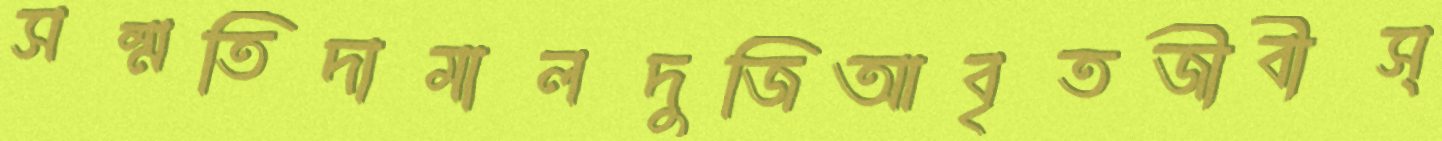
সম্মতিদামালদুজিআবৃতজীবীস্